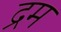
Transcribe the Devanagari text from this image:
द्रम